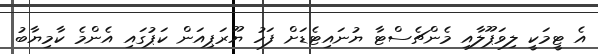
އެ ޓީމަކީ ލިވަޕޫލާއި މެންޗެސްޓާ ޔުނައިޓެޑަށް ފަހު ޔޫރަޕިއަން ކަޕުގައި އެންމެ ކާމިޔާބު